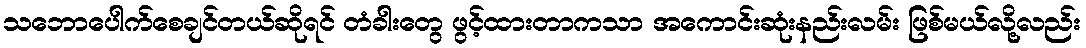
သဘောပေါက်စေချင်တယ်ဆိုရင် တံခါးတွေ ဖွင့်ထားတာကသာ အကောင်းဆုံးနည်းလမ်း ဖြစ်မယ်လို့လည်း